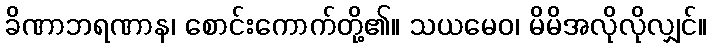
ခိဏာဘရဏာန၊ စောင်းကောက်တို့၏။ သယမေဝ၊ မိမိအလိုလိုလျှင်။